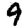
Digit: 9